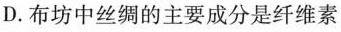
D.布坊中丝绸的主要成分是纤维素